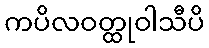
ကပိလဝတ္ထုဝါသီပိ